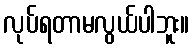
လုပ်ရတာမလွယ်ပါဘူး။